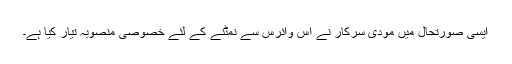
ایسی صورتحال میں مودی سرکار نے اس وائرس سے نمٹنے کے لئے خصوصی منصوبہ تیار کیا ہے۔